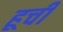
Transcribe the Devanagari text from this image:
हूची